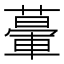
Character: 𦾥